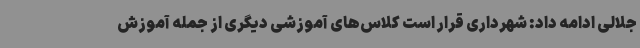
جلالی ادامه داد: شهرداری قرار است کلاس‌های آموزشی دیگری از جمله آموزش